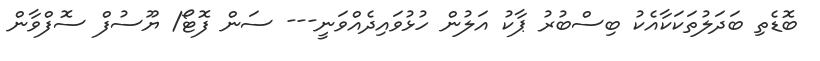
ބޮޑެތި ބަދަލުތަކަކާއެކު ބިސްބުރު ޕާކު އަލުން ހުޅުވައިދެއްވަނީ--- ސަން ފޮޓޯ/ ޔޫސުފް ސޮފްވާން